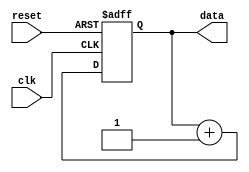
module repeat_loop (
    input wire clk,          // Clock signal
    input wire reset,        // Reset signal to exit the loop
    output reg [7:0] data   // Example output data
);

    // Initialization
    initial begin
        data = 8'b0; // Initialize data
    end

    // Always block to implement the repeat loop
    always @(posedge clk or posedge reset) begin
        if (reset) begin
            // Handle reset condition (exit loop)
            data <= 8'b0; // Reset data or perform other reset actions
        end else begin
            // Loop body: Execute statements repeatedly
            // Example operation: Increment data
            data <= data + 1;
            // Additional operations can be added here
        end
    end

endmodule